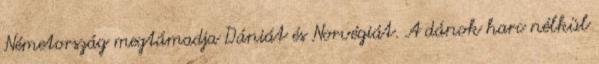
Németország megtámadja Dániát és Norvégiát. A dánok harc nélkül